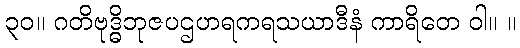
၃၀။ ဂတိဗုဒ္ဓိဘုဇပဌဟရကရသယာဒီနံ ကာရိတေ ဝါ။ ။